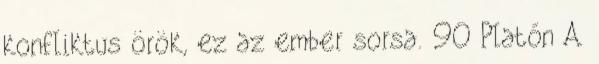
konfliktus örök, ez az ember sorsa. 90 Platón A